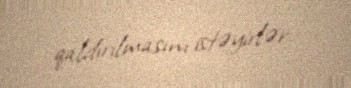
qaldırılmasını istəyirlər.